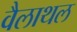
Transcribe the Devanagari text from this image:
वैलाथल